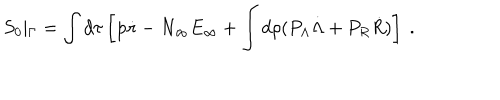
LaTeX: S _ { 0 } \vert _ { \Gamma } = \int d \tau \left[ { \mathbf p } \dot { \mathbf r } - N _ { \infty } E _ { \infty } + \int d \rho ( P _ { \Lambda } \dot { \Lambda } + P _ { R } \dot { R } ) \right] \ .